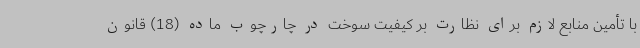
با تأمین منابع لازم برای نظارت بر کیفیت سوخت در چارچوب ماده (18) قانون